Annual report of the Punjab Veterinary College and of the Civil Veterinary Department, Punjab - 1920-1925
Year: 1920
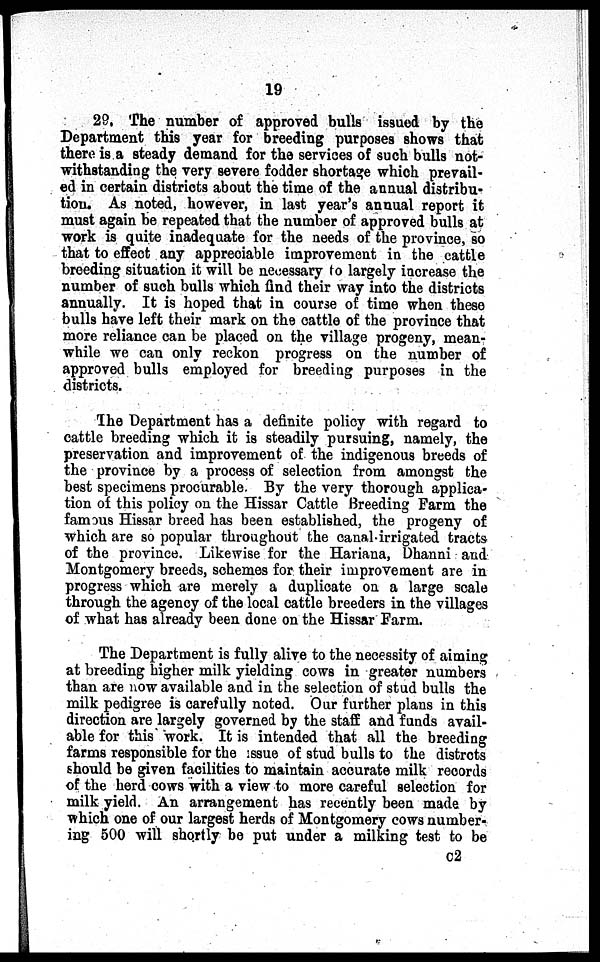
19
29. The number of approved bulls issued by the
Department this year for breeding purposes shows that
there is a steady demand for the services of such bulls not-
withstanding the very severe fodder shortage which prevail-
ed in certain districts about the time of the annual distribu-
tion. As noted, however, in last year's annual report it
must again be repeated that the number of approved bulls at
work is quite inadequate for the needs of the province, so
that to effect any appreciable improvement in the cattle
breeding situation it will be necessary to largely increase the
number of such bulls which find their way into the districts
annually. It is hoped that in course of time when these
bulls have left their mark on the cattle of the province that
more reliance can be placed on the village progeny, mean-
while we can only reckon progress on the number of
approved bulls employed for breeding purposes in the
districts.
The Department has a definite policy with regard to
cattle breeding which it is steadily pursuing, namely, the
preservation and improvement of the indigenous breeds of
the province by a process of selection from amongst the
best specimens procurable. By the very thorough applica-
tion of this policy on the Hissar Cattle Breeding Farm the
famous Hissar breed has been established, the progeny of
which are so popular throughout the canal irrigated tracts
of the province. Likewise for the Hariana, Dhanni and
Montgomery breeds, schemes for their improvement are in
progress which are merely a duplicate on a large scale
through the agency of the local cattle breeders in the villages
of what has already been done on the Hissar Farm.
The Department is fully alive to the necessity of aiming
at breeding higher milk yielding cows in greater numbers
than are now available and in the selection of stud bulls the
milk pedigree is carefully noted. Our further plans in this
direction are largely governed by the staff and funds avail-
able for this work. It is intended that all the breeding
farms responsible for the:ssue of stud bulls to the distrcts
should be given facilities to maintain accurate milk records
of the herd cows with a view to more careful selection for
milk yield. An arrangement has recently been made by
which one of our largest herds of Montgomery cows number-
ing 500 will shortly be put under a milking test to be
c2